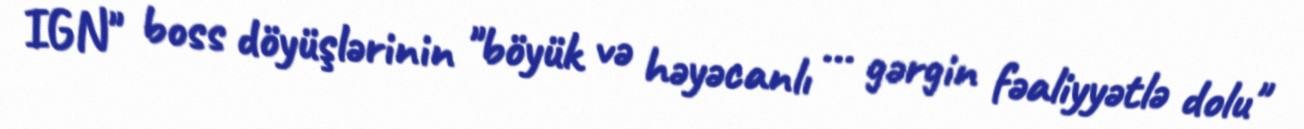
IGN" boss döyüşlərinin "böyük və həyəcanlı ... gərgin fəaliyyətlə dolu"